Vital statistics of India. Vol. VI, European troops 1870-79
Year: 1870
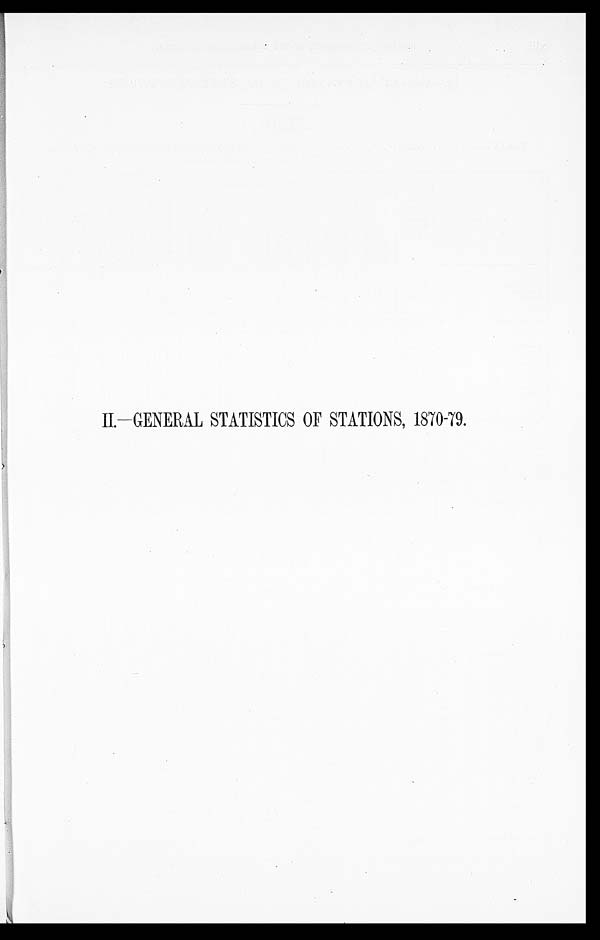
II.— GENERAL STATISTICS OF STATIONS, 1870-79.